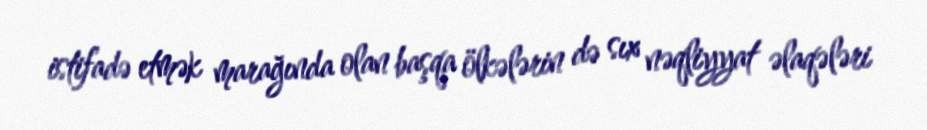
istifadə etmək marağında olan başqa ölkələrin də sıx nəqliyyat əlaqələri